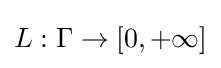
L:\Gamma \to [0,+\infty ]